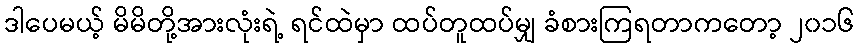
ဒါပေမယ့် မိမိတို့အားလုံးရဲ့ ရင်ထဲမှာ ထပ်တူထပ်မျှ ခံစားကြရတာကတော့ ၂၀၁၆